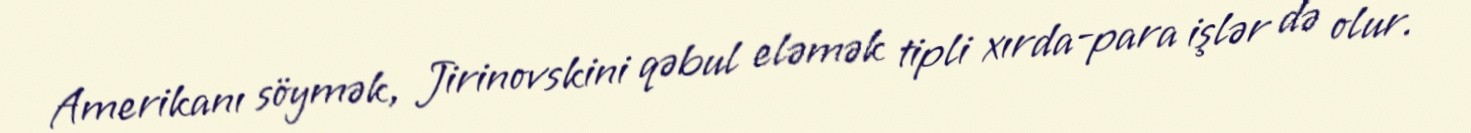
Amerikanı söymək, Jirinovskini qəbul eləmək tipli xırda-para işlər də olur.